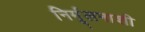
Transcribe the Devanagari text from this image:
निर्मूलनाशी